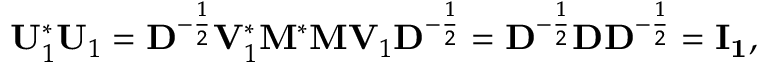
\mathbf { U } _ { 1 } ^ { * } \mathbf { U } _ { 1 } = \mathbf { D } ^ { - { \frac { 1 } { 2 } } } \mathbf { V } _ { 1 } ^ { * } \mathbf { M } ^ { * } \mathbf { M } \mathbf { V } _ { 1 } \mathbf { D } ^ { - { \frac { 1 } { 2 } } } = \mathbf { D } ^ { - { \frac { 1 } { 2 } } } \mathbf { D } \mathbf { D } ^ { - { \frac { 1 } { 2 } } } = \mathbf { I _ { 1 } } ,